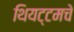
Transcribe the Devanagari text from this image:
थियट्टमचे